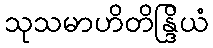
သုသမာဟိတိန္ဒြိယံ